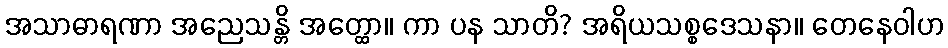
အသာဓာရဏာ အညေသန္တိ အတ္ထော။ ကာ ပန သာတိ? အရိယသစ္စဒေသနာ။ တေနေဝါဟ